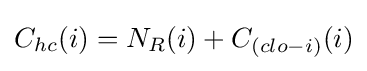
C_{hc}(i)=N_{R}(i)+C_{(clo-i)}(i)